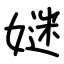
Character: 㜆